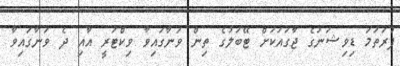
ފުރަތަމަ ޑިވިޝަނުގެ ޖާގައަކަށް ޓޭބަލުގެ ތިން ވަނާގައިވާ ވިކްޓަރީ އާއި ދެ ވަނާގައިވާ